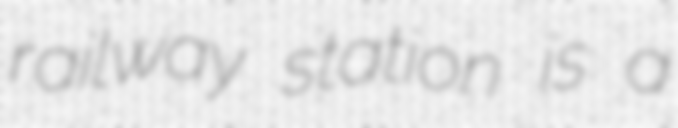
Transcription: railway station is a